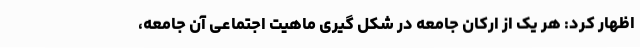
اظهار کرد: هر یک از ارکان جامعه در شکل گیری ماهیت اجتماعی آن جامعه،